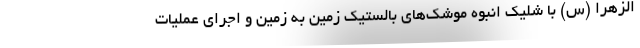
الزهرا (س) با شلیک انبوه موشک‌های بالستیک زمین به زمین و اجرای عملیات